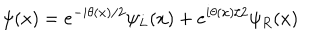
LaTeX: \psi ( x ) = e ^ { - i \theta ( x ) / 2 } \psi _ { L } ( x ) + e ^ { i \theta ( x ) / 2 } \psi _ { R } ( x )